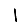
Digit: 1